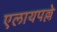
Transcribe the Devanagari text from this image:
एलायपल्ले